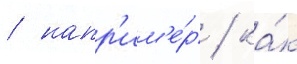
/ напр'им'е́р / ка́к